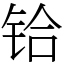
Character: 铪